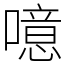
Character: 噫